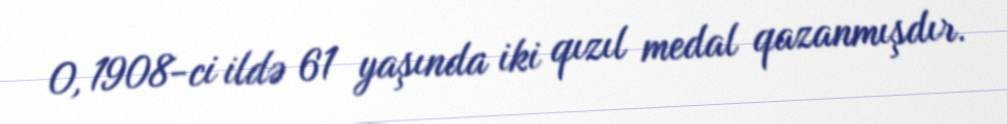
O, 1908-ci ildə 61 yaşında iki qızıl medal qazanmışdır.